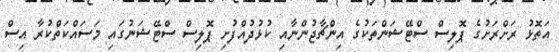
އަތޮޅު ރަށްރަށުގެ ޕޮލިސް ސްޓޭޝަންތަކުގެ އިންޗާޖުންނާއި ކުޅުދުއްފުށި ޕޮލިސް ސްޓޭޝަނުގައި މަސައްކަތްކުރާ އިސް